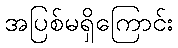
အပြစ်မရှိကြောင်း